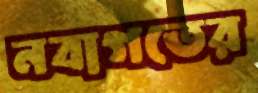
নবাগতের